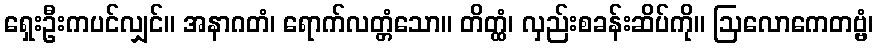
ရှေးဦးကပင်လျှင်။ အနာဂတံ၊ ရောက်လတ္တံသော။ တိတ္ထံ၊ လှည်းစခန်းဆိပ်ကို။ ဩလောကေတဗ္ဗံ၊